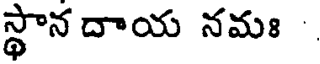
స్థాన దాయ నమః